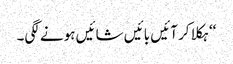
‘‘ ہکلا کر آئیں بائیں شائیں ہونے لگی۔